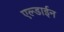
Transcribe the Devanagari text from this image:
एल्डाईन